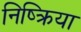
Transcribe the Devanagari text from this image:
निष्‍क्रिया